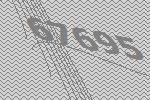
67695